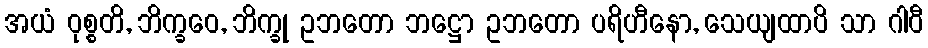
အယံ ဝုစ္စတိ, ဘိက္ခဝေ, ဘိက္ခု ဥဘတော ဘဋ္ဌော ဥဘတော ပရိဟီနော, သေယျထာပိ သာ ဂါဝီ